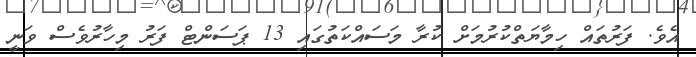
އެވެ. ފަރުތައް ހިމާޔަތްކުރުމަށް ކުރާ މަސައްކަތުގައި 13 ޕަސަންޓް ފަރު މިހާރުވެސް ވަނީ